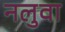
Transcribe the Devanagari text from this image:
नलुवा